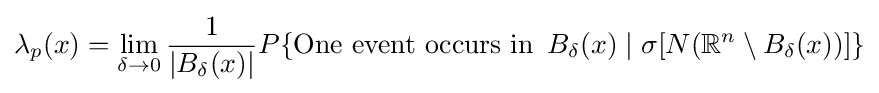
\lambda _{p}(x)=\lim _{\delta \to 0}{\frac {1}{|B_{\delta }(x)|}}{P}\{{\text{One event occurs in }}\,B_{\delta }(x)\mid \sigma [N(\mathbb {R} ^{n}\setminus B_{\delta }(x))]\}